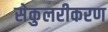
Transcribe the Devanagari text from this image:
सेकुलरीकरण